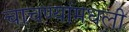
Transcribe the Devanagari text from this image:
चाचण्यांमधली